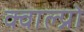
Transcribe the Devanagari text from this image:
क्वाल्प्रो